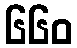
၆၆၀